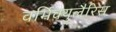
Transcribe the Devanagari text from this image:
वर्मिक्युलैरिस